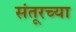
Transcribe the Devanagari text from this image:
संतूरच्या